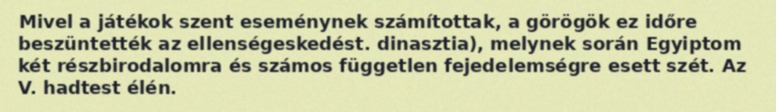
Mivel a játékok szent eseménynek számítottak, a görögök ez időre beszüntették az ellenségeskedést. dinasztia), melynek során Egyiptom két részbirodalomra és számos független fejedelemségre esett szét. Az V. hadtest élén.